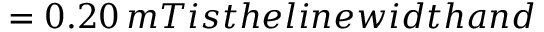
= 0 . 2 0 \, m T i s t h e l i n e w i d t h a n d